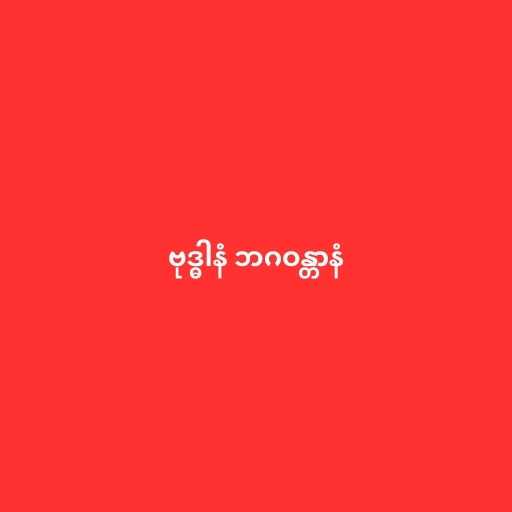
ဗုဒ္ဓါနံ ဘဂဝန္တာနံ